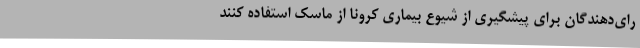
رای‌دهندگان برای پیشگیری از شیوع بیماری کرونا از ماسک استفاده کنند